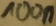
Text: 100n